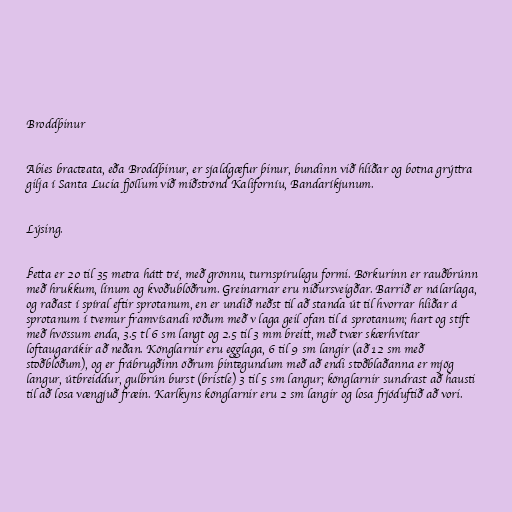
Broddþinur

Abies bracteata, eða Broddþinur, er sjaldgæfur þinur, bundinn við hlíðar og botna grýttra
gilja í Santa Lucia fjöllum við miðströnd Kaliforníu, Bandaríkjunum.

Lýsing.

Þetta er 20 til 35 metra hátt tré, með grönnu, turnspírulegu formi. Börkurinn er rauðbrúnn
með hrukkum, línum og kvoðublöðrum. Greinarnar eru niðursveigðar. Barrið er nálarlaga,
og raðast í spíral eftir sprotanum, en er undið neðst til að standa út til hvorrar hliðar á
sprotanum í tvemur framvísandi röðum með v laga geil ofan til á sprotanum; hart og stíft
með hvössum enda, 3.5 tl 6 sm langt og 2.5 til 3 mm breitt, með tvær skærhvítar
loftaugarákir að neðan. Könglarnir eru egglaga, 6 til 9 sm langir (að 12 sm með
stoðblöðum), og er frábrugðinn öðrum þintegundum með að endi stoðblaðanna er mjög
langur, útbreiddur, gulbrún burst (bristle) 3 til 5 sm langur; könglarnir sundrast að hausti
til að losa vængjuð fræin. Karlkyns könglarnir eru 2 sm langir og losa frjóduftið að vori.